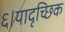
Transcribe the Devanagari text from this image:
६।यादृच्छिक